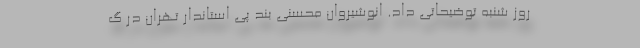
روز شنبه توضیحاتی داد. انوشیروان محسنی بند پی استاندار تهران در گ